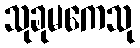
သုခုမကေသု